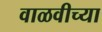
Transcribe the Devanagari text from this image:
वाळवीच्या